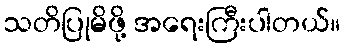
သတိပြုမိဖို့ အရေးကြီးပါတယ်။